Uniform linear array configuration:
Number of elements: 4
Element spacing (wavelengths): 0.75
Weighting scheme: binomial
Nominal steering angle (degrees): -60
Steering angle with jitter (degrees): -58.968
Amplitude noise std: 0.05
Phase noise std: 0.05

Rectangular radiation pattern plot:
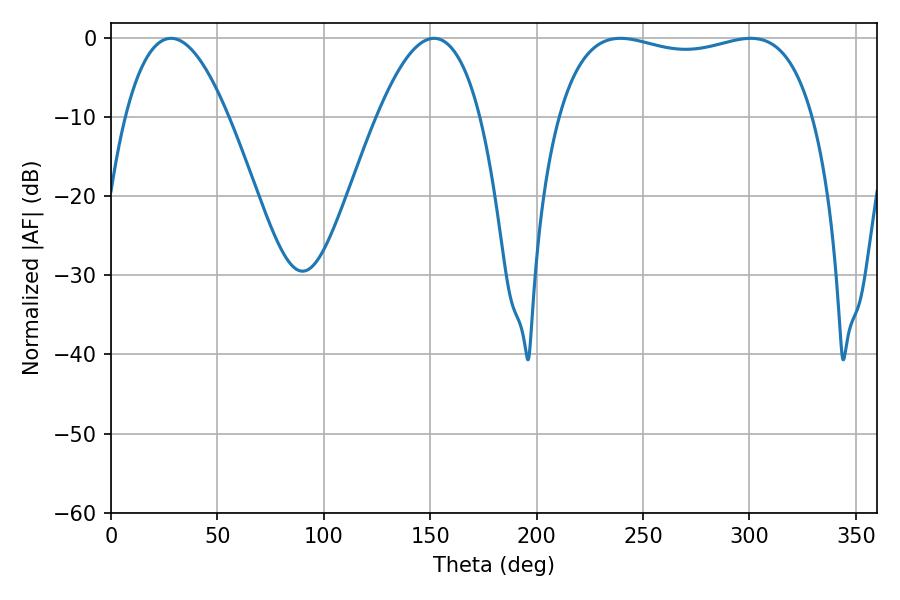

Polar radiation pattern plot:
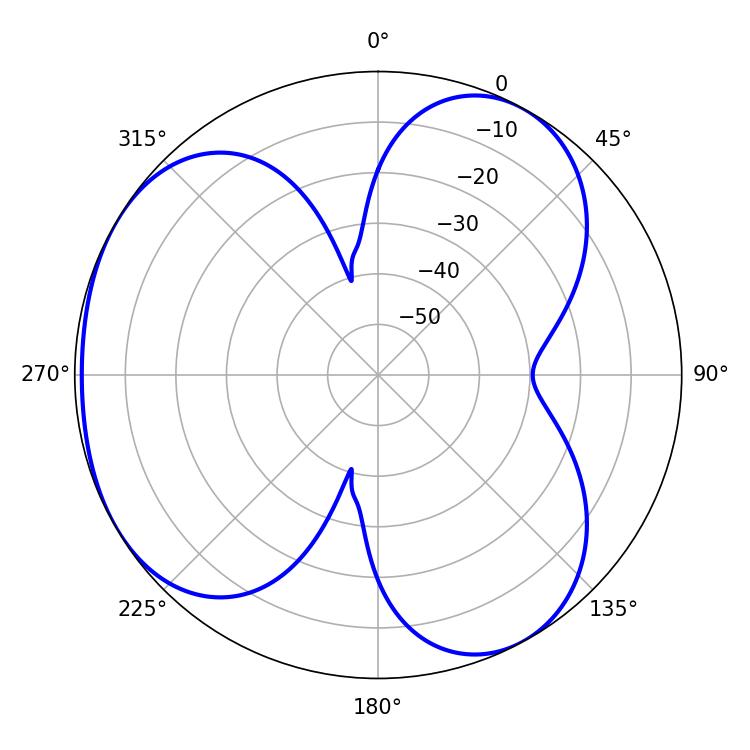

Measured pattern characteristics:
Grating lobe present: TRUE
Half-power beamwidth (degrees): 97.56
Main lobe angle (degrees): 239.4